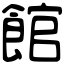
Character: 館